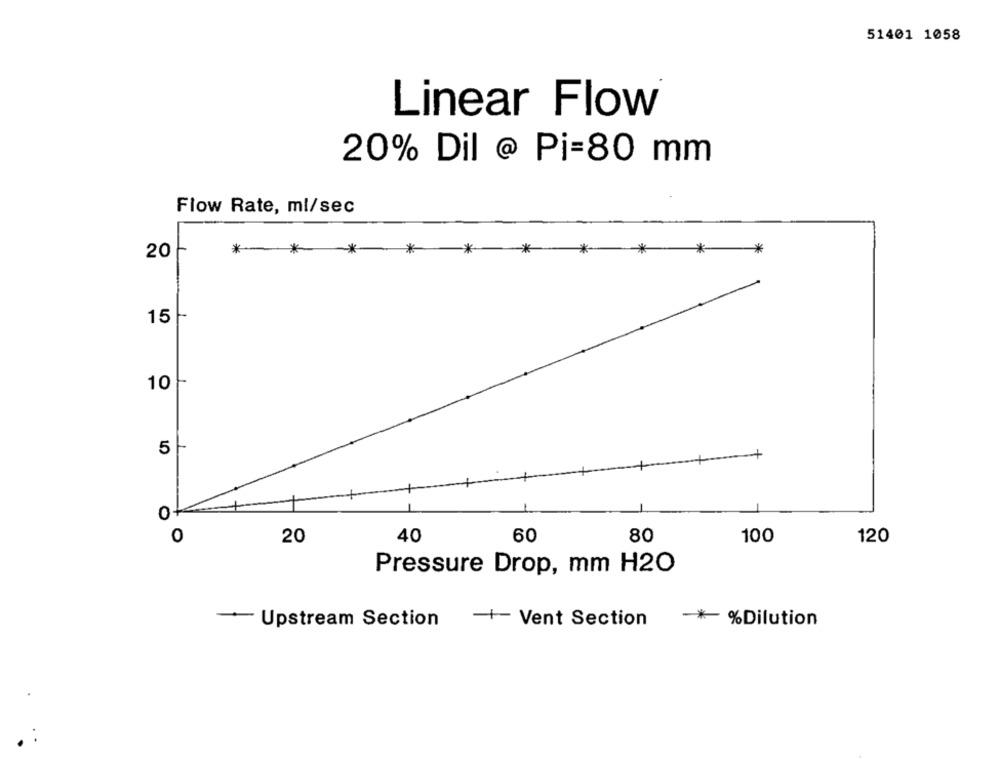
51401 1058
Linear Flow
20% Dil @ Pi=80 mm
Flow Rate, ml/sec
_*
20
*********
15
10
5
+
0
O
20
40
60
80
100
120
Pressure Drop, mm H2O
+ Vent Section
Upstream Section
-* %Dilution